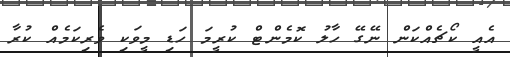
އެއީ ކޯޗެއްކަން ނޭގޭ ހާލު ކޮމެންޓް ކުރީމަ ހަޑި މީވަކި ވެރިކަމެއް ކުރާ